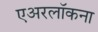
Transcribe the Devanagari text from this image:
एअरलॉकना